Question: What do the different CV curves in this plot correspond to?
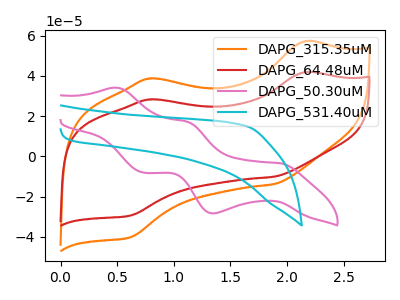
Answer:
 <answer>The orange curve is labeled "DAPG_315.35uM". The red curve is labeled "DAPG_64.48uM". The pink curve is labeled "DAPG_50.30uM". The cyan curve is labeled "DAPG_531.40uM".</answer>
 <eval></eval>